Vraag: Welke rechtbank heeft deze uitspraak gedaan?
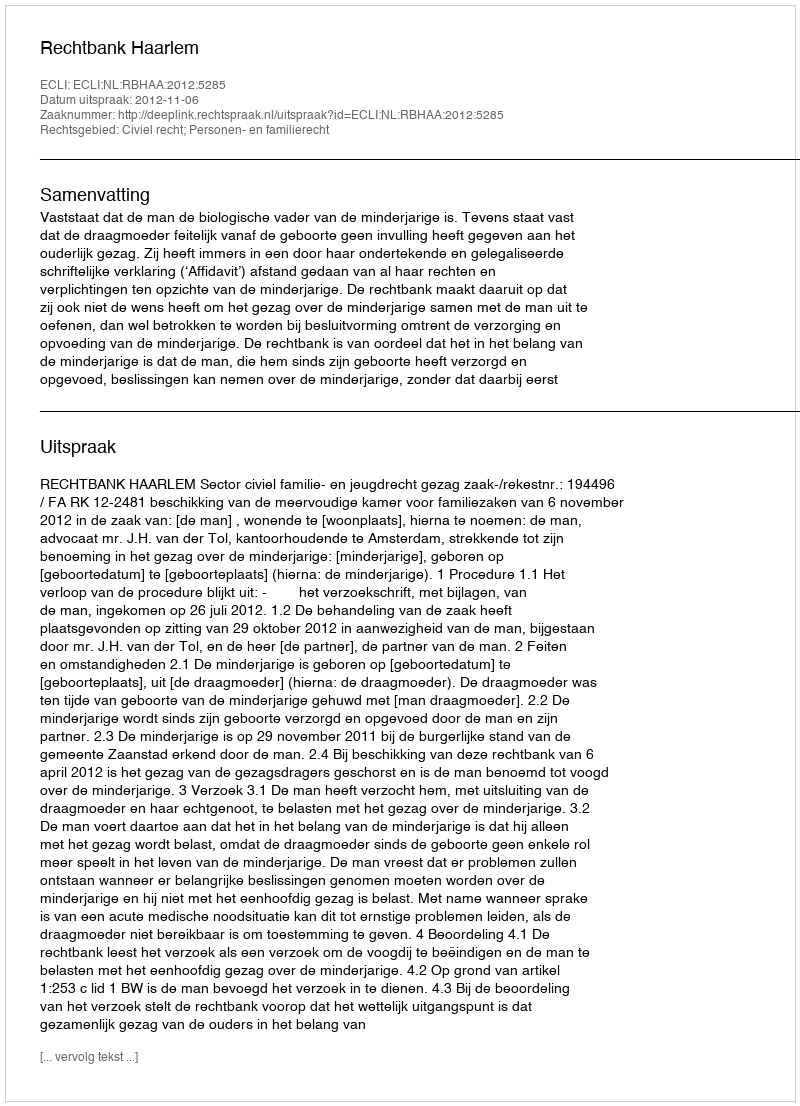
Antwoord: Rechtbank Haarlem